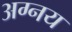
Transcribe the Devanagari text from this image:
अग्नय